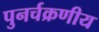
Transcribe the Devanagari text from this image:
पुनर्चक्रणीय